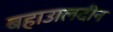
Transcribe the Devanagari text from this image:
बहाउालदीन